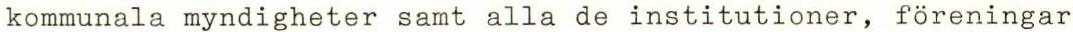
kommunala myndigheter samt alla de institutioner, föreningar